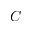
C